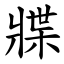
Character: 牃